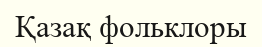
Қазақ фольклоры